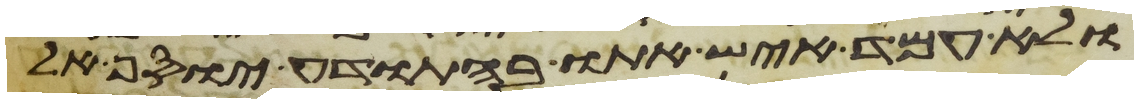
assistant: ולא עמד איש אתו בהתודע יוסף אל